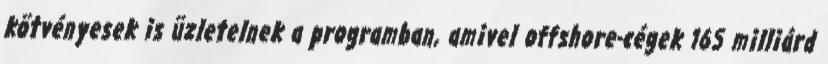
kötvényesek is üzletelnek a programban, amivel offshore-cégek 165 milliárd